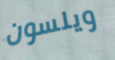
ويلسون